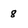
Character: 8